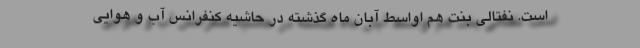
است. نفتالی بنت هم اواسط آبان ماه گذشته در حاشیه کنفرانس آب و هوایی